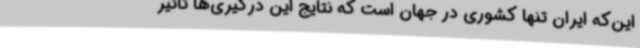
این‌که ایران تنها کشوری در جهان است که نتایج این درگیری‌ها تاثیر